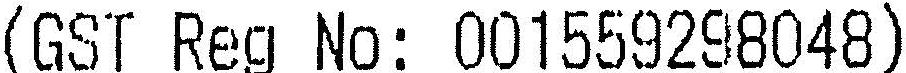
(GST REG NO: 001559298048)